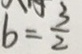
b = \frac { 3 } { 2 }